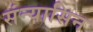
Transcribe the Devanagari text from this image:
संन्यासिन